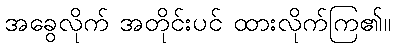
အခွေလိုက် အတိုင်းပင် ထားလိုက်ကြ၏။